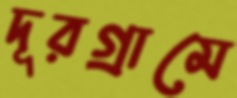
দূরগ্রামে